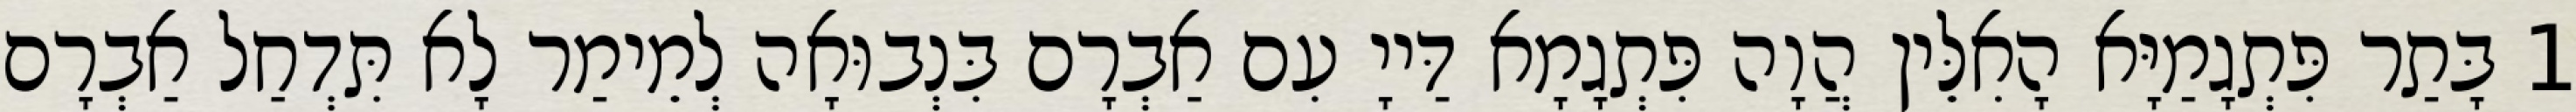
1 בָּתַר פִּתְגָמַיָּא הָאִלֵּין הֲוָה פִּתְגָמָא דַּייָ עִם אַבְרָם בִּנְבוּאָה לְמֵימַר לָא תִּדְחַל אַבְרָם